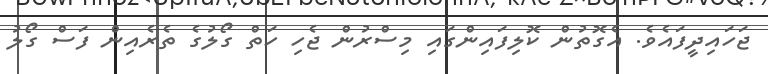
ޖަހައިދީފައެވެ. އެގޮތުން ކޮލިފައިންގައި މިސްރުން ޖެހި ހަތް ގޯލުގެ ތެރެއިން ފަސް ގޯލު